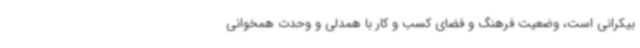
بیکرانی است، وضعیت فرهنگ و فضای کسب و کار با همدلی و وحدت همخوانی